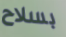
بسلاح